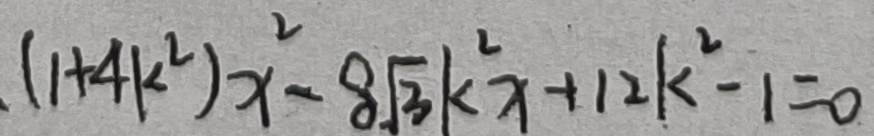
( 1 + 4 k ^ { 2 } ) x ^ { 2 } - 8 \sqrt { 3 } k ^ { 2 } x + 1 2 k ^ { 2 } - 1 = 0